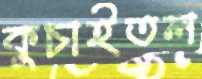
কুচাইতল